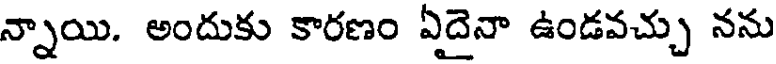
న్నాయి. అందుకు కారణం ఏదైనా ఉండవచ్చు నను